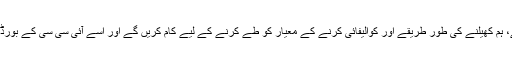
ان کا کہنا تھا '' اب جبکہ ورلڈ چیمپیئن شپ کی تصدیق ہوچکی ہے، ہم کھیلنے کی طور طریقے اور کوالیفائی کرنے کے معیار کو طے کرنے کے لیے کام کریں گے اور اسے آئی سی سی کے بورڈ کو سونپیں گے تاکہ انہیں مناسب وقت میں منظوری دی جاسکے۔